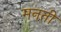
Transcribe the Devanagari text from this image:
मनती